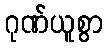
ဂုဏ်ယူစွာ